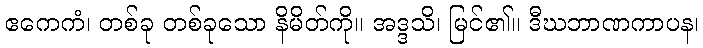
ဧကေကံ၊ တစ်ခု တစ်ခုသော နိမိတ်ကို။ အဒ္ဒသိ၊ မြင်၏။ ဒီဃဘာဏကာပန၊